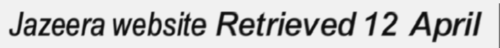
Jazeera website Retrieved 12 April